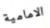
الامامية